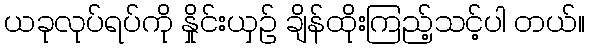
ယခုလုပ်ရပ်ကို နှိုင်းယှဉ် ချိန်ထိုးကြည့်သင့်ပါ တယ်။